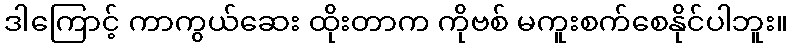
ဒါကြောင့် ကာကွယ်ဆေး ထိုးတာက ကိုဗစ် မကူးစက်စေနိုင်ပါဘူး။